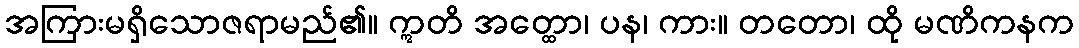
အကြားမရှိသောဇရာမည်၏။ ဣတိ အတ္ထော၊ ပန၊ ကား။ တတော၊ ထို မဏိကနက